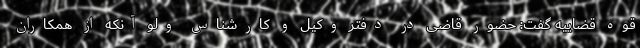
قوه قضاییه گفت: حضور قاضی در دفتر وکیل و کارشناس ولو آنکه از همکاران